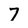
Character: 7